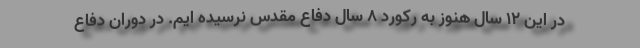
در این 12 سال هنوز به رکورد 8 سال دفاع مقدس نرسیده ایم. در دوران دفاع